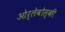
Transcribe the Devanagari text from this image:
ओर्लेवोस्की